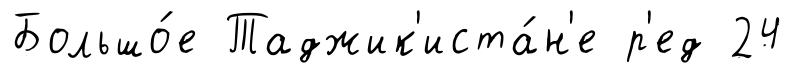
Большо́е Таджик'иста́н'е р'ед 24